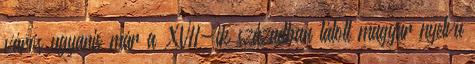
város ugyanis már a XVII-ik században látott magyar nyelvű